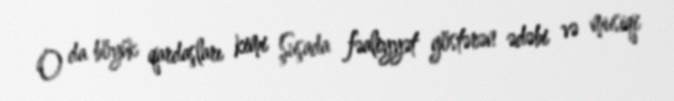
O da böyük qardaşları kimi Şuşada fəaliyyət göstərən ədəbi və musiqi